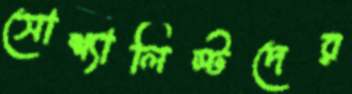
সোশ্যালিস্টদের